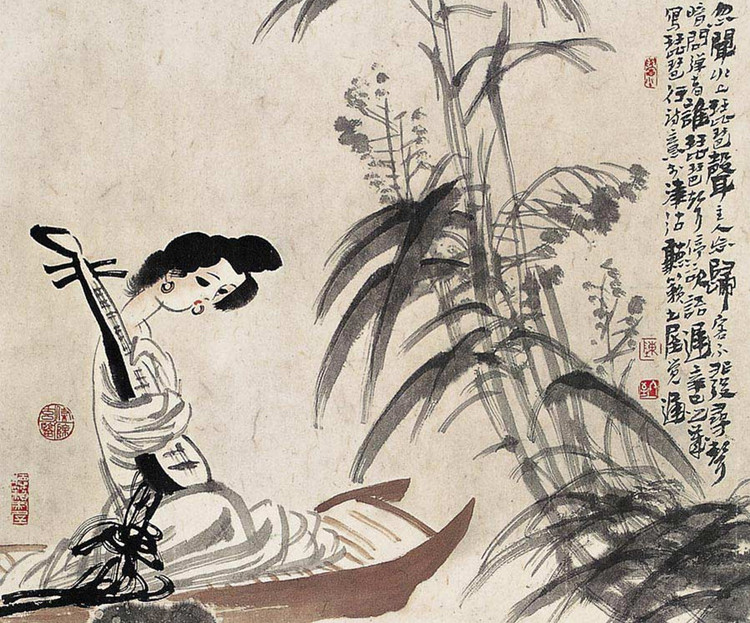
相恨不如潮有信，相思始觉海非深。